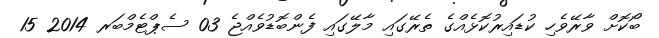
ބޯކޮށް ވާރޭވެހި ކުޑައިރުކޮޅެއްގެ ތެރޭގައި މާލޭގައި ފެންބޮޑުވެއްޖެ 03 ސެޕްޓެމްބަރ 2014 15